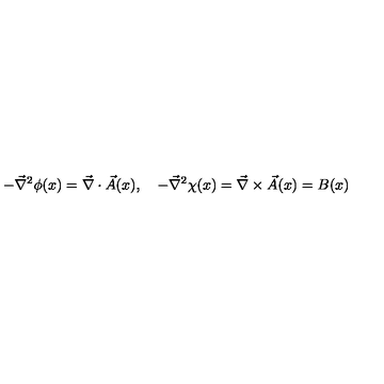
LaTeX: - \vec { \nabla } ^ { 2 } \phi ( x ) = \vec { \nabla } \cdot \vec { A } ( x ) , \quad - \vec { \nabla } ^ { 2 } \chi ( x ) = \vec { \nabla } \times \vec { A } ( x ) = B ( x )